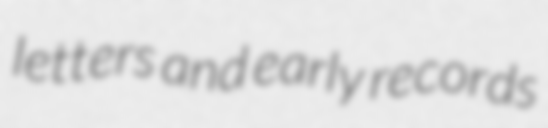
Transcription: letters and early records